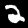
Label: 2